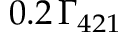
0 . 2 \, \ensuremath { \Gamma _ { 4 2 1 } }